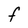
Character: F